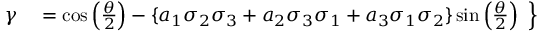
\left. { \begin{array} { r l } { \gamma } & { { } = \cos \left( { \frac { \theta } { 2 } } \right) - \{ a _ { 1 } \sigma _ { 2 } \sigma _ { 3 } + a _ { 2 } \sigma _ { 3 } \sigma _ { 1 } + a _ { 3 } \sigma _ { 1 } \sigma _ { 2 } \} \sin \left( { \frac { \theta } { 2 } } \right) } \end{array} } \right\}